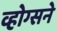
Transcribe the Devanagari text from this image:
व्होग्सने